65_HS1-834228961_62-HQ-83894_Serial_130
Agency: FBI
Page 101
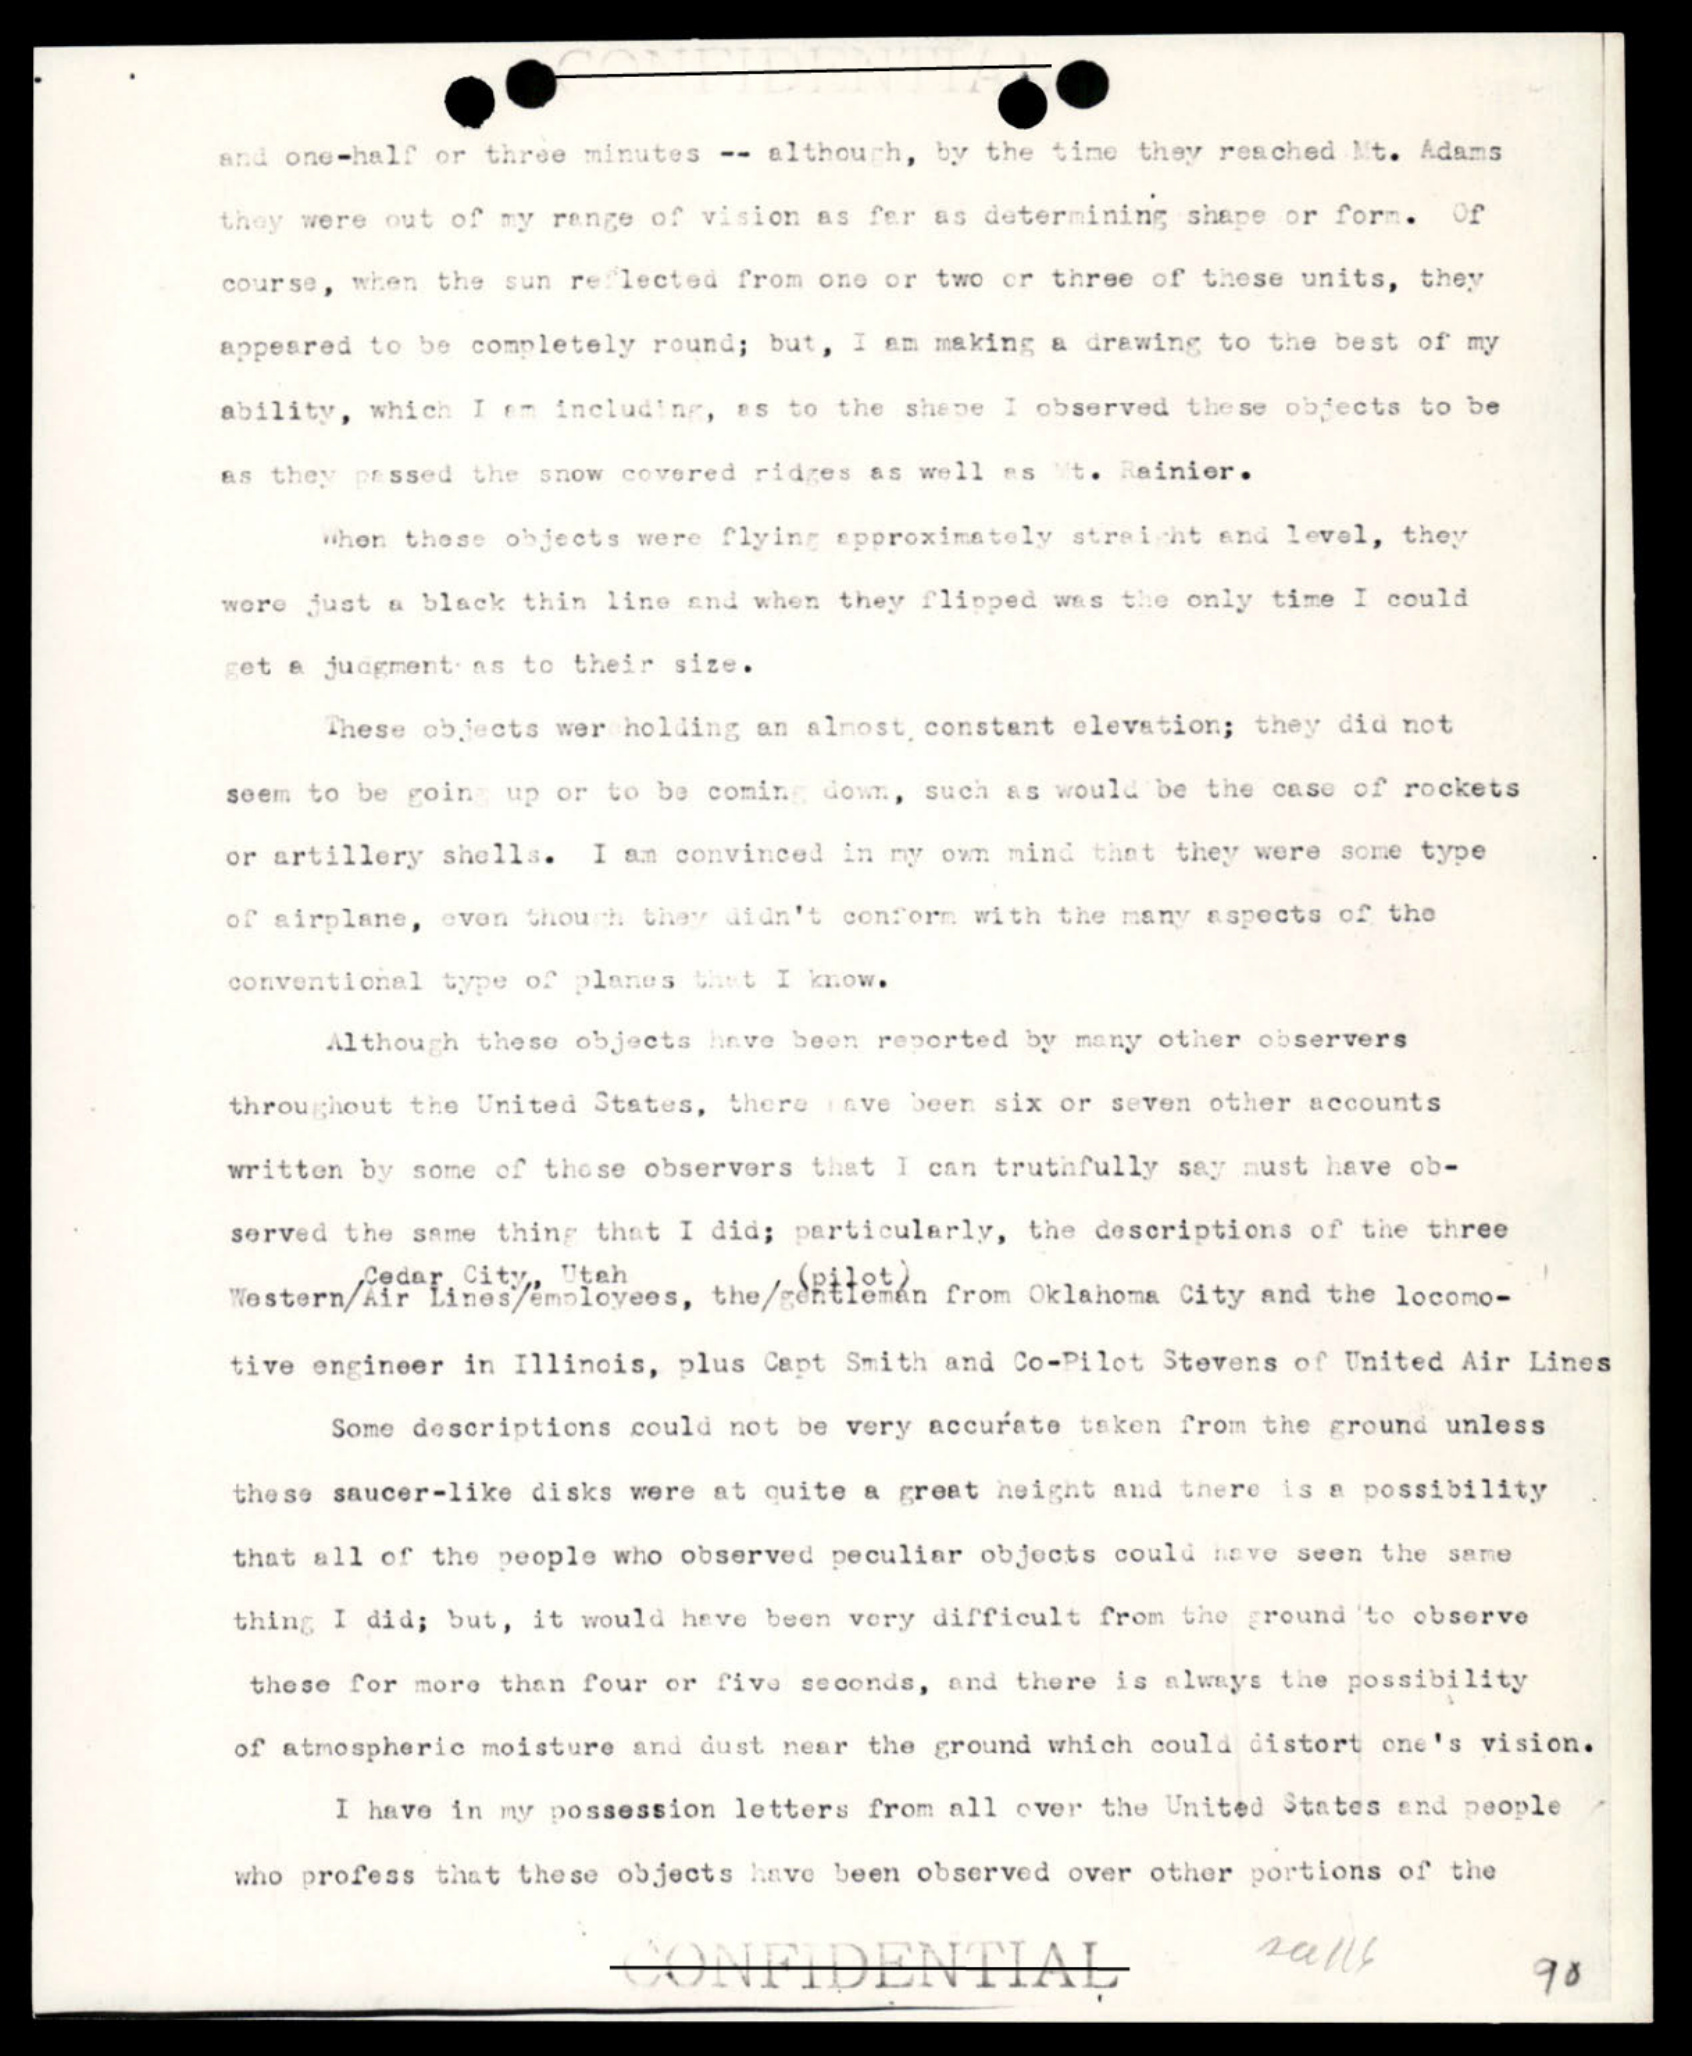